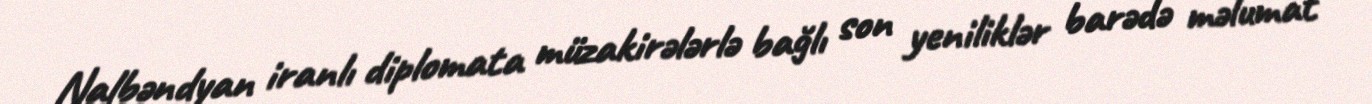
Nalbəndyan iranlı diplomata müzakirələrlə bağlı son yeniliklər barədə məlumat